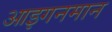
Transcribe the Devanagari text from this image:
आइगनमान